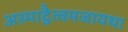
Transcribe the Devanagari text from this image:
अस्माद्वैत्वमजायथा